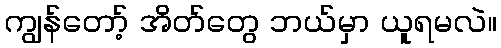
ကျွန်တော့် အိတ်တွေ ဘယ်မှာ ယူရမလဲ။